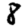
Digit: 8